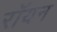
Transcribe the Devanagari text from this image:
रॉयन